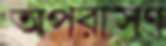
অপরাসণ